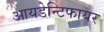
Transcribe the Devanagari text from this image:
आयडेन्टिफायर